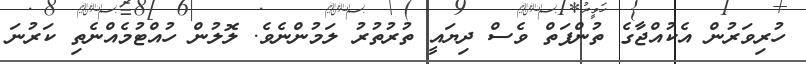
ހުރިވަރުން އެކުއްޖާގެ ތުންފަތް ވެސް ދިޔައީ ތުރުތުރު ލަމުންނެވެ. ލޮލުން ހުއްޓުމެއްނެތި ކަރުނަ